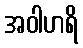
အဝါဟရိ